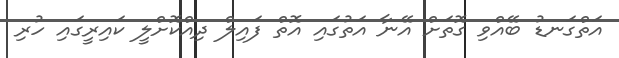
އަތްގަނޑު ބޭއްވި ގޮތަށް އޭނާ އަތުގައި އޮތް ފައިލް ދިއްކޮށްލީ ކައިރީގައި ހުރި